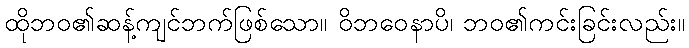
ထိုဘဝ၏ဆန့်ကျင်ဘက်ဖြစ်သော။ ဝိဘဝေနာပိ၊ ဘဝ၏ကင်းခြင်းလည်း။